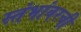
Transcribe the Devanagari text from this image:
स्तंभांवरची